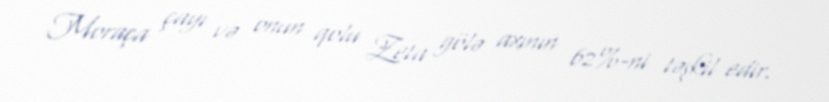
Moraça çayı və onun qolu Zeta gölə axının 62%-ni təşkil edir.